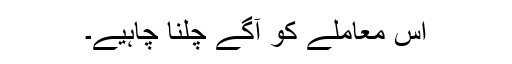
اس معاملے کو آگے چلنا چاہیے۔